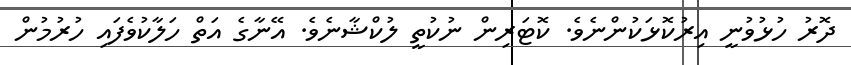
ދޮރު ހުޅުވުނީ އިރުކޮޅަކުންނެވެ. ކޮޓަރިން ނުކުތީ ލުކްޝާނެވެ. އޭނާގެ އަތް ހަލާކުވެފައި ހުރުމުން